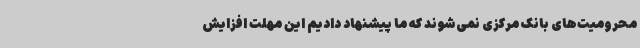
محرومیت‌های بانک مرکزی نمی‌شوند که ما پیشنهاد دادیم این مهلت افزایش